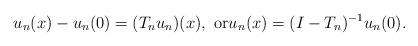
LaTeX: \begin{align*}u_n(x)-u_n(0)=(T_nu_n)(x), \textrm{ or} u_n(x)=(I-T_n)^{-1}u_n(0). \end{align*}